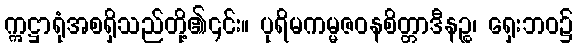
ဣဋ္ဌာရုံအစရှိသည်တို့၏၎င်း။ ပုရိမကမ္မဇဝနစိတ္တာဒီနဉ္စ၊ ရှေးဘဝ၌